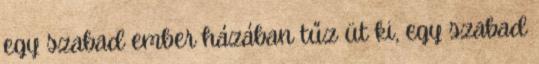
egy szabad ember házában tűz üt ki, egy szabad